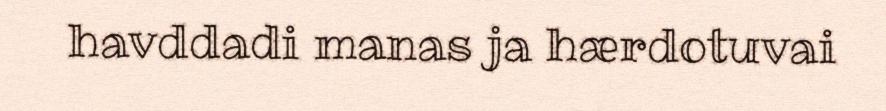
havddadi manas ja hærdotuvai